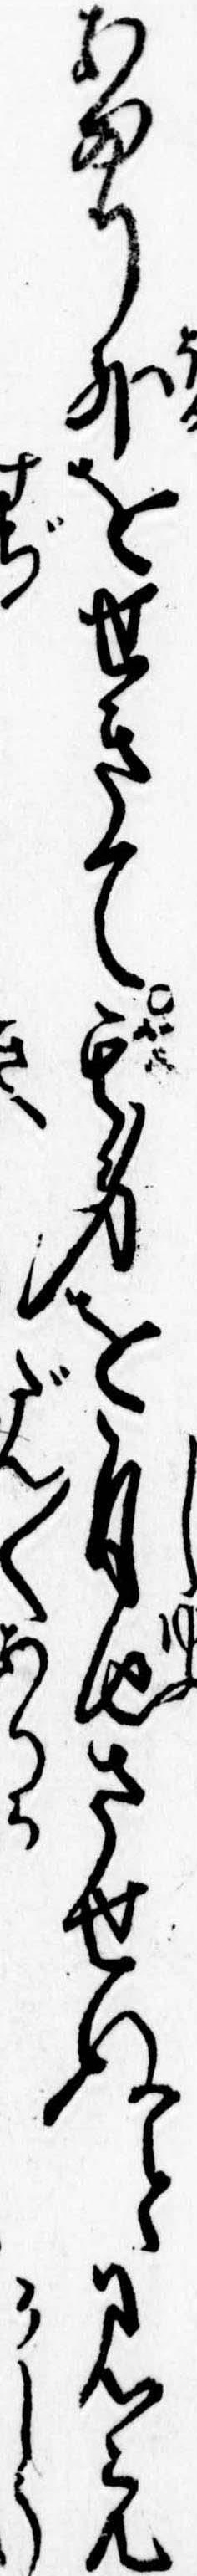
あまり外をせきて其身を自由させぬと見え